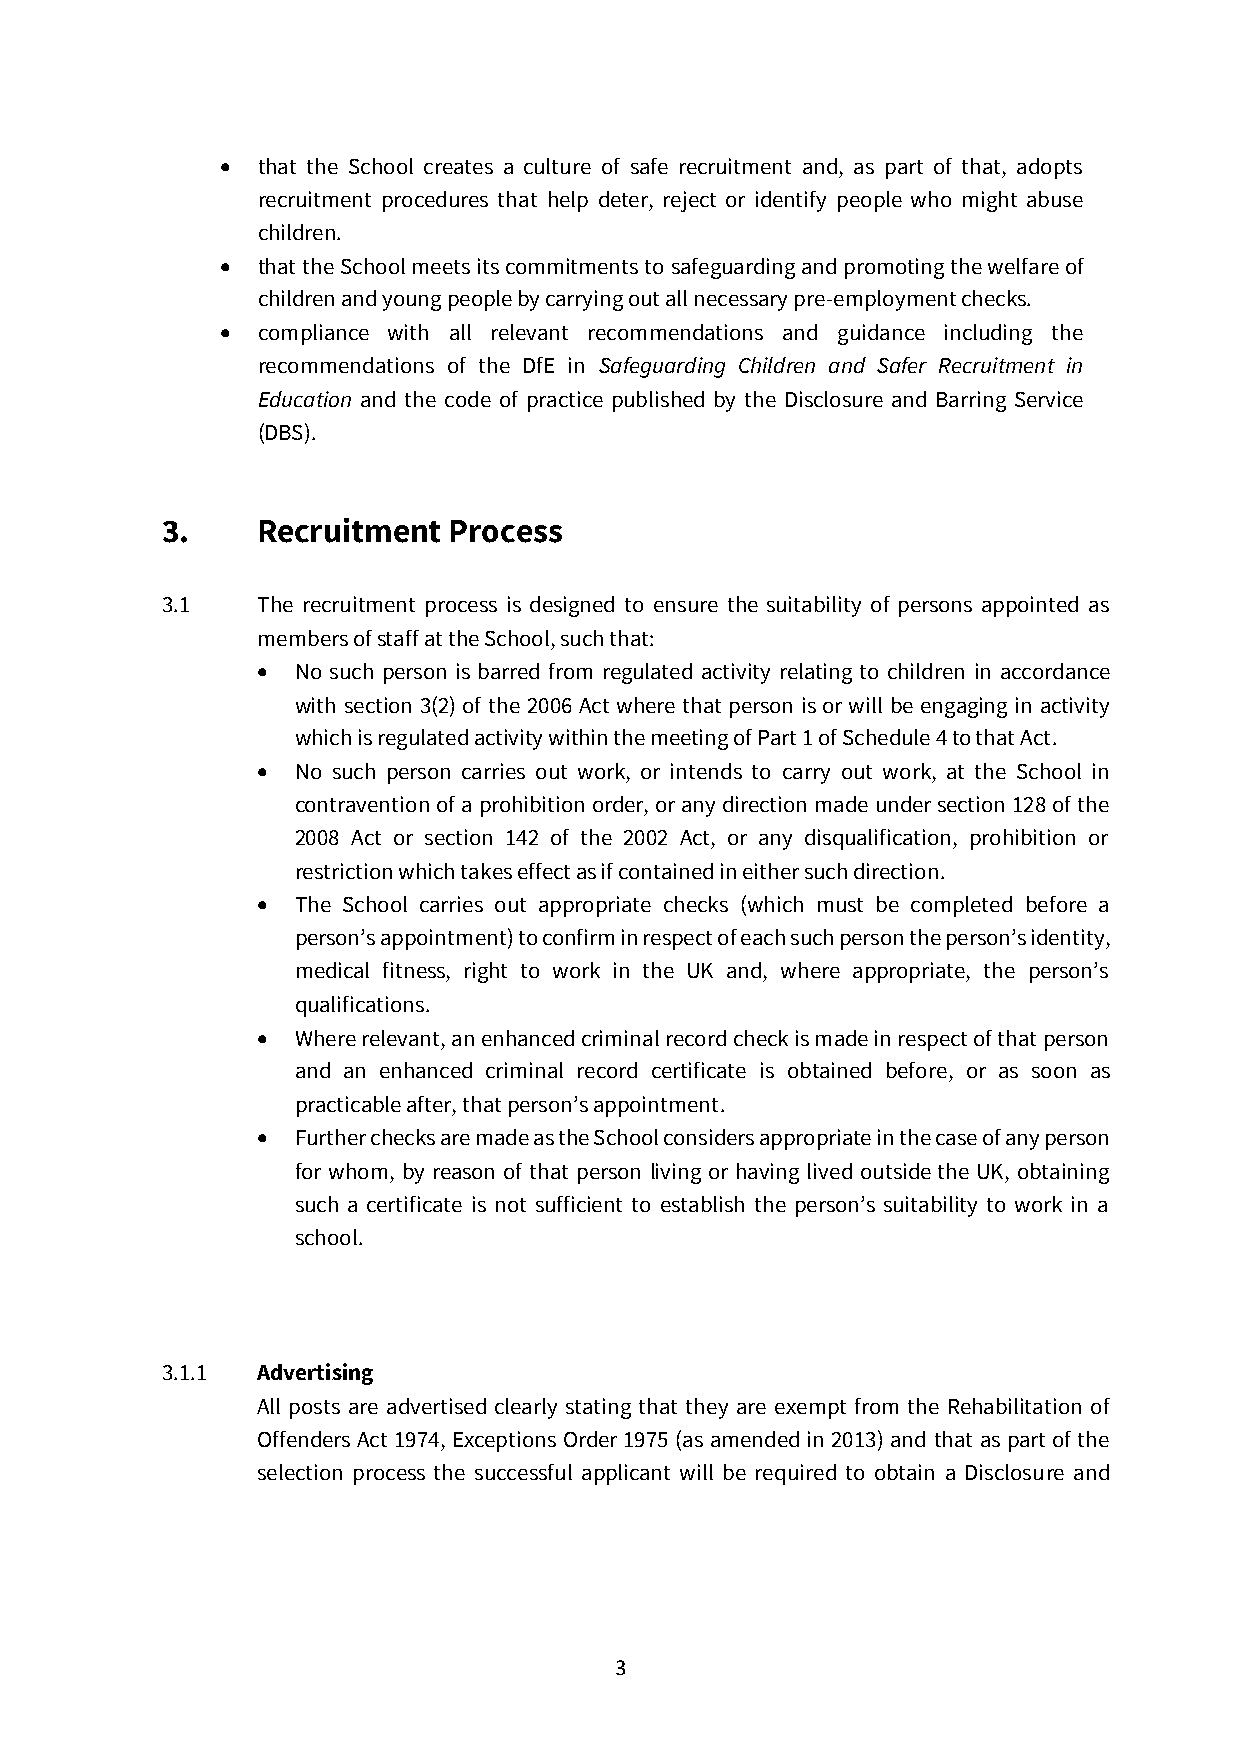
• that the School creates a culture of safe recruitment and, as part of that, adopts
 recruitment procedures that help deter, reject or identify people who might abuse
 children.
 • that the School meets its commitments to safeguarding and promoting the welfare of
 children and young people by carrying out all necessary pre-employment checks.
 • compliance with all relevant recommendations and guidance including the
 recommendations of the DfE in Safeguarding Children and Safer Recruitment in
 Education and the code of practice published by the Disclosure and Barring Service
 (DBS).
 3.    Recruitment  Process
 3.1   The recruitment process is designed to ensure the suitability of persons appointed as
 members of staff at the School, such that:
 • No such person is barred from regulated activity relating to children in accordance
 with section 3(2) of the 2006 Act where that person is or will be engaging in activity
 which is regulated activity within the meeting of Part 1 of Schedule 4 to that Act.
 • No such person carries out work, or intends to carry out work, at the School in
 contravention of a prohibition order, or any direction made under section 128 of the
 2008 Act or section 142 of the 2002 Act, or any disqualification, prohibition or
 restriction which takes effect as if contained in either such direction.
 • The School carries out appropriate checks (which must be completed before a
 person’s appointment) to confirm in respect of each such person the person’s identity,
 medical fitness, right to work in the UK and, where appropriate, the person’s
 qualifications.
 • Where relevant, an enhanced criminal record check is made in respect of that person
 and an enhanced criminal record certificate is obtained before, or as soon as
 practicable after, that person’s appointment.
 • Further checks are made as the School considers appropriate in the case of any person
 for whom, by reason of that person living or having lived outside the UK, obtaining
 such a certificate is not sufficient to establish the person’s suitability to work in a
 school.
 3.1.1 Advertising
 All posts are advertised clearly stating that they are exempt from the Rehabilitation of
 Offenders Act 1974, Exceptions Order 1975 (as amended in 2013) and that as part of the
 selection process the successful applicant will be required to obtain a Disclosure and
 3